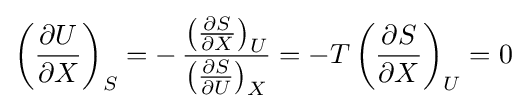
\left({\frac {\partial U}{\partial X}}\right)_{S}=-\,{\frac {\left({\frac {\partial S}{\partial X}}\right)_{U}}{\left({\frac {\partial S}{\partial U}}\right)_{X}}}=-T\left({\frac {\partial S}{\partial X}}\right)_{U}=0